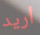
أريد